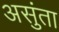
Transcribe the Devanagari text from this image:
असुंता